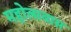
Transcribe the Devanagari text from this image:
महोत्सवास